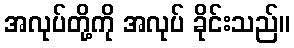
အလုပ်တို့ကို အလုပ် ခိုင်းသည်။